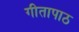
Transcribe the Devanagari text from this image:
गीतापाठ